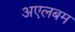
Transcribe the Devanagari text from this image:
अएलबम